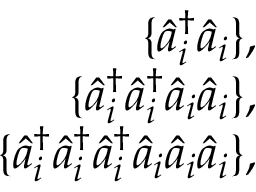
\begin{array} { r l r } & { } & { \{ \hat { a } _ { i } ^ { \dagger } \hat { a } _ { i } \} , } \\ & { } & { \{ \hat { a } _ { i } ^ { \dagger } \hat { a } _ { i } ^ { \dagger } \hat { a } _ { i } \hat { a } _ { i } \} , } \\ & { } & { \{ \hat { a } _ { i } ^ { \dagger } \hat { a } _ { i } ^ { \dagger } \hat { a } _ { i } ^ { \dagger } \hat { a } _ { i } \hat { a } _ { i } \hat { a } _ { i } \} , } \end{array}